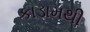
કાડામથી